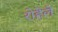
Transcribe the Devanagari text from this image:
रोहेले